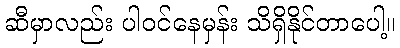
ဆီမှာလည်း ပါဝင်နေမှန်း သိရှိနိုင်တာပေါ့။